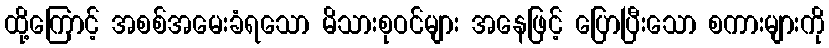
ထို့ကြောင့် အစစ်အမေးခံရသော မိသားစုဝင်များ အနေဖြင့် ပြောပြီးသော စကားများကို